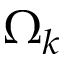
\Omega _ { k }